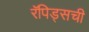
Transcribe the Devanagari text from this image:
रॅपिड्सची